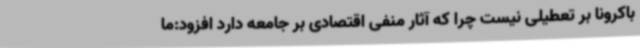
باکرونا بر تعطیلی نیست چرا که آثار منفی اقتصادی بر جامعه دارد افزود:ما